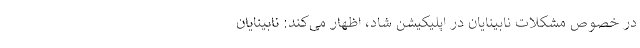
در خصوص مشکلات نابینایان در اپلیکیشن شاد، اظهار می‌کند: نابینایان